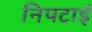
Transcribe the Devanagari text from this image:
निपटाई